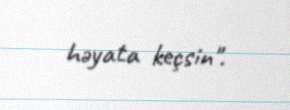
həyata keçsin".